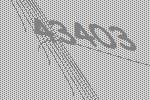
43403